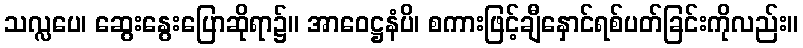
သလ္လပေ၊ ဆွေးနွေးပြောဆိုရာ၌။ အာဝေဋ္ဌနံပိ၊ စကားဖြင့်ချီနှောင်ရစ်ပတ်ခြင်းကိုလည်း။